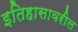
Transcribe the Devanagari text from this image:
इतिहासावरील